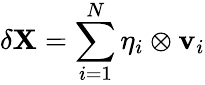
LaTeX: \delta{\mathbf{X}}=\sum_{i=1}^{N}{\mathbf{\eta}}_{i}\otimes{\mathbf{v}}_{i}